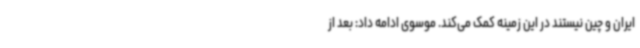
ایران و چین نیستند در این زمینه کمک می‌کند. موسوی ادامه داد: بعد از